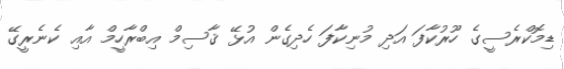
ޑިމޮކްރެސީގެ ހޫރުކާފަ އަދި މުނިކާފަ ހެދިގެން އުޅޭ ޤާސިމް އިބްރާހީމް އާއި ކެނެރީގޭ